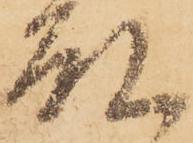
殿